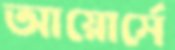
আয়োর্সে